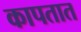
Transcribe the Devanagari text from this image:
कापतात